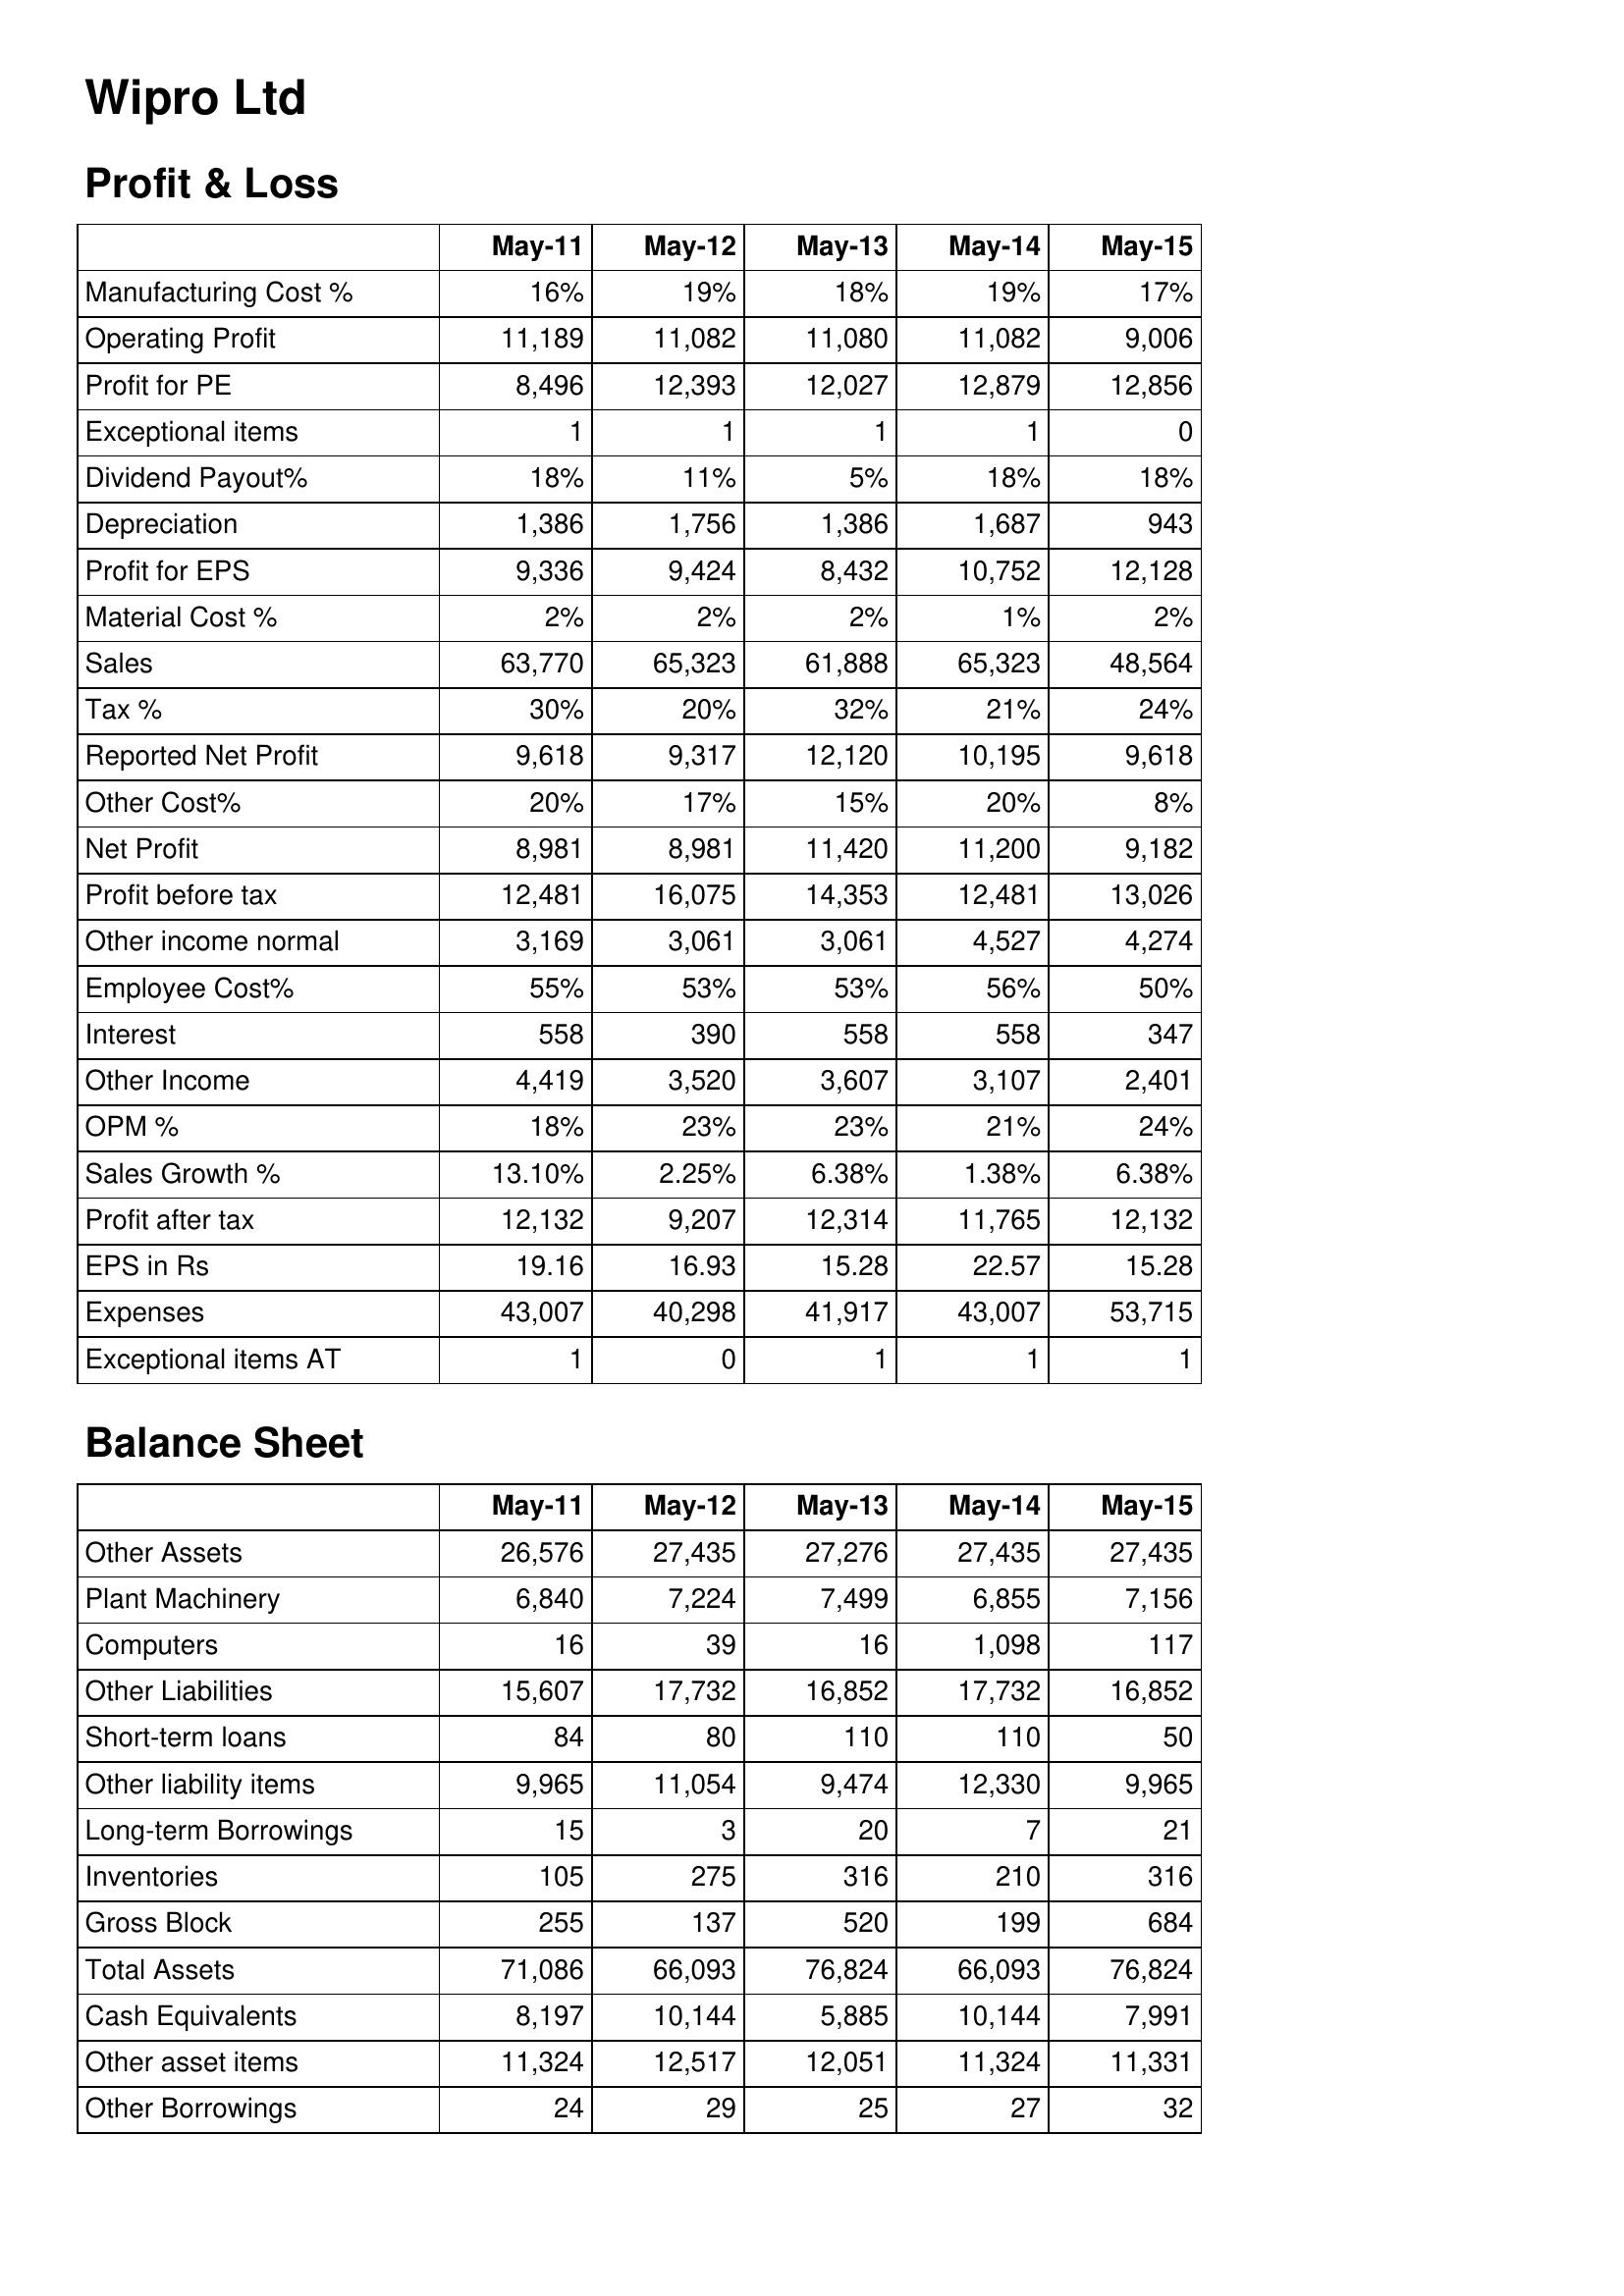
May-11: Profit & Loss: Manufacturing Cost %: 16%
Operating Profit: 11,189
Profit for PE: 8,496
Exceptional items: 1
Dividend Payout%: 18%
Depreciation: 1,386
Profit for EPS: 9,336
Material Cost %: 2%
Sales: 63,770
Tax %: 30%
Reported Net Profit: 9,618
Other Cost%: 20%
Net Profit: 8,981
Profit before tax: 12,481
Other income normal: 3,169
Employee Cost%: 55%
Interest: 558
Other Income: 4,419
OPM %: 18%
Sales Growth %: 13.10%
Profit after tax: 12,132
EPS in Rs: 19.16
Expenses: 43,007
Exceptional items AT: 1
Balance Sheet: Other Assets: 26,576
Plant Machinery: 6,840
Computers: 16
Other Liabilities: 15,607
Short-term loans: 84
Other liability items: 9,965
Long-term Borrowings: 15
Inventories: 105
Gross Block: 255
Total Assets: 71,086
Cash Equivalents: 8,197
Other asset items: 11,324
Other Borrowings: 24
May-12: Profit & Loss: Manufacturing Cost %: 19%
Operating Profit: 11,082
Profit for PE: 12,393
Exceptional items: 1
Dividend Payout%: 11%
Depreciation: 1,756
Profit for EPS: 9,424
Material Cost %: 2%
Sales: 65,323
Tax %: 20%
Reported Net Profit: 9,317
Other Cost%: 17%
Net Profit: 8,981
Profit before tax: 16,075
Other income normal: 3,061
Employee Cost%: 53%
Interest: 390
Other Income: 3,520
OPM %: 23%
Sales Growth %: 2.25%
Profit after tax: 9,207
EPS in Rs: 16.93
Expenses: 40,298
Exceptional items AT: 0
Balance Sheet: Other Assets: 27,435
Plant Machinery: 7,224
Computers: 39
Other Liabilities: 17,732
Short-term loans: 80
Other liability items: 11,054
Long-term Borrowings: 3
Inventories: 275
Gross Block: 137
Total Assets: 66,093
Cash Equivalents: 10,144
Other asset items: 12,517
Other Borrowings: 29
May-13: Profit & Loss: Manufacturing Cost %: 18%
Operating Profit: 11,080
Profit for PE: 12,027
Exceptional items: 1
Dividend Payout%: 5%
Depreciation: 1,386
Profit for EPS: 8,432
Material Cost %: 2%
Sales: 61,888
Tax %: 32%
Reported Net Profit: 12,120
Other Cost%: 15%
Net Profit: 11,420
Profit before tax: 14,353
Other income normal: 3,061
Employee Cost%: 53%
Interest: 558
Other Income: 3,607
OPM %: 23%
Sales Growth %: 6.38%
Profit after tax: 12,314
EPS in Rs: 15.28
Expenses: 41,917
Exceptional items AT: 1
Balance Sheet: Other Assets: 27,276
Plant Machinery: 7,499
Computers: 16
Other Liabilities: 16,852
Short-term loans: 110
Other liability items: 9,474
Long-term Borrowings: 20
Inventories: 316
Gross Block: 520
Total Assets: 76,824
Cash Equivalents: 5,885
Other asset items: 12,051
Other Borrowings: 25
May-14: Profit & Loss: Manufacturing Cost %: 19%
Operating Profit: 11,082
Profit for PE: 12,879
Exceptional items: 1
Dividend Payout%: 18%
Depreciation: 1,687
Profit for EPS: 10,752
Material Cost %: 1%
Sales: 65,323
Tax %: 21%
Reported Net Profit: 10,195
Other Cost%: 20%
Net Profit: 11,200
Profit before tax: 12,481
Other income normal: 4,527
Employee Cost%: 56%
Interest: 558
Other Income: 3,107
OPM %: 21%
Sales Growth %: 1.38%
Profit after tax: 11,765
EPS in Rs: 22.57
Expenses: 43,007
Exceptional items AT: 1
Balance Sheet: Other Assets: 27,435
Plant Machinery: 6,855
Computers: 1,098
Other Liabilities: 17,732
Short-term loans: 110
Other liability items: 12,330
Long-term Borrowings: 7
Inventories: 210
Gross Block: 199
Total Assets: 66,093
Cash Equivalents: 10,144
Other asset items: 11,324
Other Borrowings: 27
May-15: Profit & Loss: Manufacturing Cost %: 17%
Operating Profit: 9,006
Profit for PE: 12,856
Exceptional items: 0
Dividend Payout%: 18%
Depreciation: 943
Profit for EPS: 12,128
Material Cost %: 2%
Sales: 48,564
Tax %: 24%
Reported Net Profit: 9,618
Other Cost%: 8%
Net Profit: 9,182
Profit before tax: 13,026
Other income normal: 4,274
Employee Cost%: 50%
Interest: 347
Other Income: 2,401
OPM %: 24%
Sales Growth %: 6.38%
Profit after tax: 12,132
EPS in Rs: 15.28
Expenses: 53,715
Exceptional items AT: 1
Balance Sheet: Other Assets: 27,435
Plant Machinery: 7,156
Computers: 117
Other Liabilities: 16,852
Short-term loans: 50
Other liability items: 9,965
Long-term Borrowings: 21
Inventories: 316
Gross Block: 684
Total Assets: 76,824
Cash Equivalents: 7,991
Other asset items: 11,331
Other Borrowings: 32